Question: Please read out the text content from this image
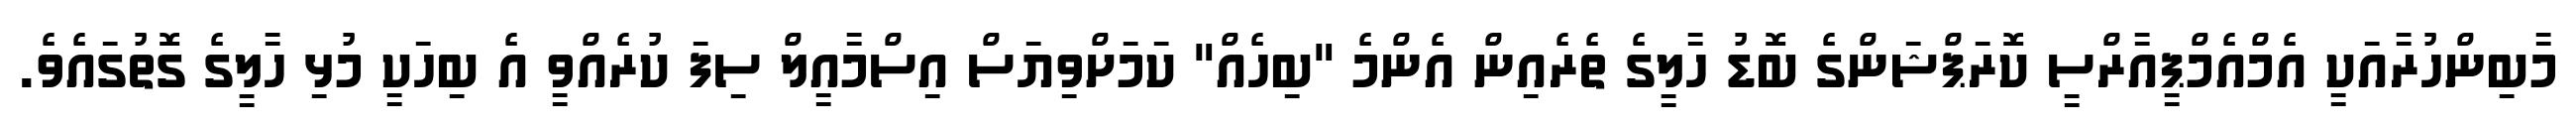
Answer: މާބިންހުރާއަކީ އެމްއެމްޕީއާރްސީ ކޮރަޕްޝަންގެ ބޮޑު ހާލީގެ ތެރެއިން އެންމެ "ބިހެއް" ކަމަށްވިޔަސް އިސްމާއީލް ސިފަ ކުރެއްވީ އެ ބިހަކީ މުޅި ހާލީގެ ގޮތުގައެވެ.